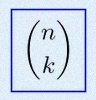
\binom{n}{k}